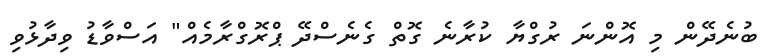
ބުނެދޭން މި އޮންނަ ރުގްޔާ ކުރާނެ ގޮތް ގެނެސްދޭ ޕްރޮގްރާމެއް" އަސްވާޑު ވިދާޅުވި